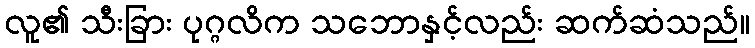
လူ၏ သီးခြား ပုဂ္ဂလိက သဘောနှင့်လည်း ဆက်ဆံသည်။